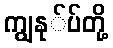
ကျွနု်ပ်တို့